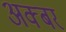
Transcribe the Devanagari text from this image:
अक्बर